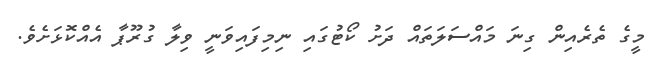
މީގެ ތެރެއިން ގިނަ މައްސަލަތައް ދަށު ކޯޓުގައި ނިމިފައިވަނީ ވިލާ ގުރޫޕާ އެއްކޮޅަށެވެ.